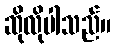
ဆိုလိုပါသည်။